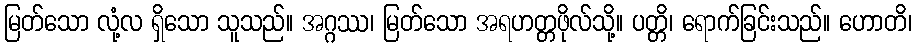
မြတ်သော လုံ့လ ရှိသော သူသည်။ အဂ္ဂဿ၊ မြတ်သော အရဟတ္တဖိုလ်သို့။ ပတ္တိ၊ ရောက်ခြင်းသည်။ ဟောတိ၊